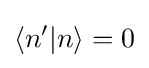
\langle n^{\prime }|n\rangle =0